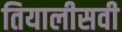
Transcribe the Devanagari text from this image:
तियालीसवी